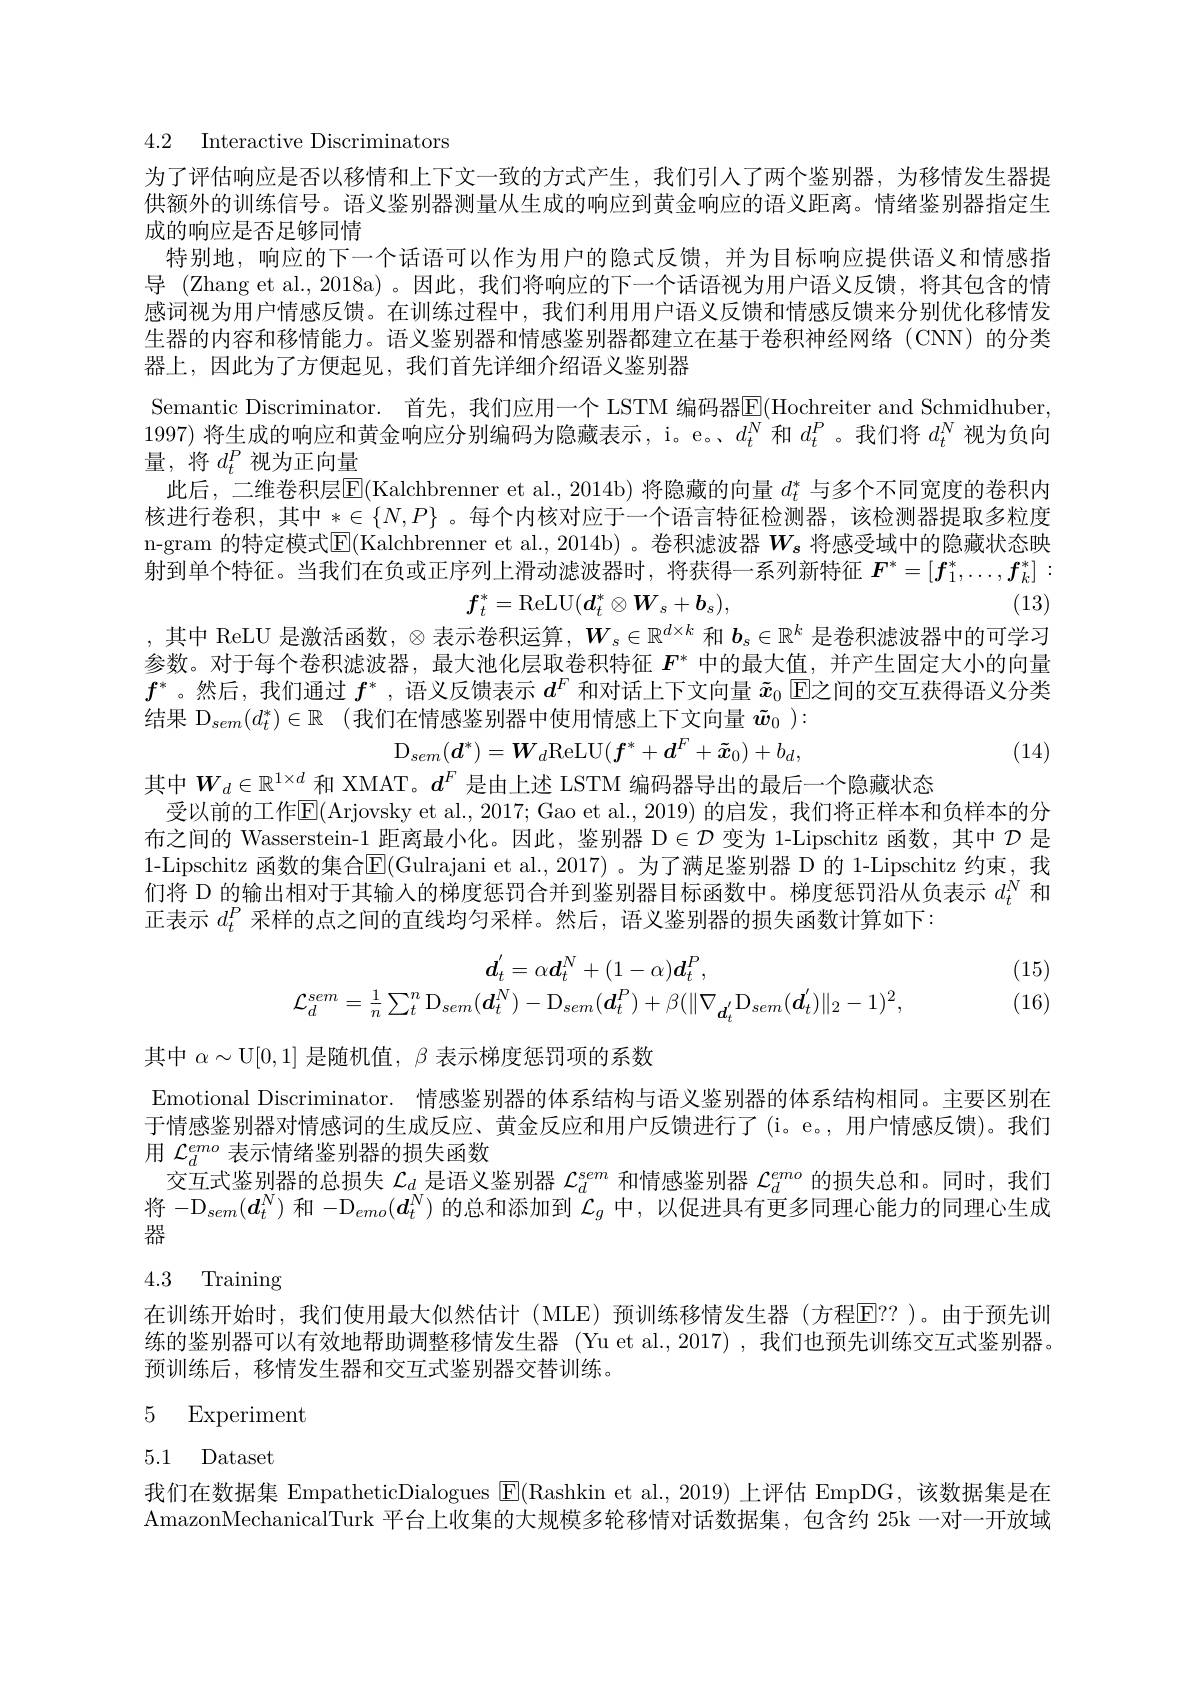
4.2 Interactive Discriminators

为了评估响应是否以移情和上下文一致的方式产生，我们引人了两个鉴别器，为移情发生器提供额外的训练信号。语义鉴别器测量从生成的响应到黄金响应的语义距离。情绪鉴别器指定生成的响应是否足够同情
特别地，响应的下一个话语可以作为用户的隐式反馈，并为目标响应提供语义和情感指导 (Zhang et al.,2018a)。因此，我们将响应的下一个话语视为用户语义反馈，将其包含的情感词视为用户情感反馈。在训练过程中，我们利用用户语义反馈和情感反馈来分别优化移情发生器的内容和移情能力。语义鉴别器和情感鉴别器都建立在基于卷积神经网络(CNN)的分类器上，因此为了方便起见，我们首先详细介绍语义鉴别器
Semantic Discriminator. 首先，我们应用一个 LSTM 编码器E(Hochreiter and Schmidhuber. 1997) 将生成的响应和黄金响应分别编码为隐藏表示，i。e。$d_t^{N}$和$d_t^P$。我们将$d_t^N$视为负向量，将$d_t^P$视为正向量
此后，二维卷积层$\operatorname{E}($Kalchbrenner et al., 2014b) 将隐藏的向量 $d_t^*$ 与多个不同宽度的卷积内核进行卷积，其中$*\in\{N,P\}$。每个内核对应于一个语言特征检测器，该检测器提取多粒度n-gram 的特定模式$\overline{\mathrm{E}}($Kalchbrenner et al.,2014b)。卷积滤波器 $W_s$ 将感受域中的隐藏状态映射到单个特征。当我们在负或正序列上滑动滤波器时，将获得一系列新特征$F^*=[f_1^*,\ldots,f_k^*]:$
(13)
$$f_t^*=\mathrm{ReLU}(d_t^*\otimes W_s+b_s),$$
,其中 ReLU 是激活函数，$\otimes$表示卷积运算，$W_s\in\mathbb{R}^d\times k$和$b_s\in\mathbb{R}^k$是卷积滤波器中的可学习参数。对于每个卷积滤波器，最大池化层取卷积特征$F^*$中的最大值，并产生固定大小的向量$f^*$。然后，我们通过$f^*$ ,语义反馈表示$d^F$和对话上下文向量$\tilde{x}_0$回之间的交互获得语义分类结果 D$_{sem}( d_t^* ) \in \mathbb{R}$ (我们在情感鉴别器中使用情感上下文向量 $\tilde{w}_0):$
$$\mathrm{D}_{sem}(\boldsymbol{d}^*)=\boldsymbol{W}_d\mathrm{ReLU}(\boldsymbol{f}^*+\boldsymbol{d}^F+\boldsymbol{\tilde{x}}_0)+b_d,$$
(14)
其中$W_d\in\mathbb{R}^{1\times d}$和 XMAT。$d^F$ 是由上述 LSTM 编码器导出的最后一个隐藏状态
受以前的工作E[(Arjovsky et al., 2017; Gao et al., 2019) 的启发，我们将正样本和负样本的分布之间的 Wasserstein-1 距离最小化。因此，鉴别器$\mathcal{D}\in\mathcal{D}$变为 1-Lipschitz 函数，其中$\mathcal{D}$是1-Lipschitz 函数的集合E(Gulrajani et al., 2017)。为了满足鉴别器 D 的 1-Lipschitz 约束，我们将 D 的输出相对于其输入的梯度惩罚合并到鉴别器目标函数中。梯度惩罚沿从负表示$d_t^N$和正表示$d_t^P$采样的点之间的直线均匀采样。然后，语义鉴别器的损失函数计算如下：

(15)
$$d_{t}^{'}=\alpha\boldsymbol{d}_{t}^{N}+(1-\alpha)\boldsymbol{d}_{t}^{P},\\\mathcal{L}_{d}^{sem}=\frac{1}{n}\sum_{t}^{n}\mathrm{D}_{sem}(\boldsymbol{d}_{t}^{N})-\mathrm{D}_{sem}(\boldsymbol{d}_{t}^{P})+\beta(\|\nabla_{\boldsymbol{d}_{t}^{'}}\mathrm{D}_{sem}(\boldsymbol{d}_{t}^{'})\|_{2}-1)^{2},$$
(16)

其中$\alpha\sim$U[0,1]是随机值，$\beta$表示梯度惩罚项的系数

Emotional Discriminator. 情感鉴别器的体系结构与语义鉴别器的体系结构相同。主要区别在于情感鉴别器对情感词的生成反应、黄金反应和用户反馈进行了(i。e。, 用户情感反馈)。我们用$\mathcal{L}_d^{emo}$表示情绪鉴别器的损失函数
$\bar{\text{交互式鉴别器的总损失 }\mathcal{L}_d}$是语义鉴别器$\mathcal{L}_d^{sem}$和情感鉴别器$\mathcal{L}_d^{emo}$的损失总和。同时，我们将$-\mathcal{D}_{sem}(\boldsymbol{d}_t^N)$和$-\mathcal{D}_emo(\boldsymbol{d}_t^N)$的总和添加到$\mathcal{L}_g$中，以促进具有更多同理心能力的同理心生成器

# 4.3 Training

在训练开始时，我们使用最大似然估计(MLE)预训练移情发生器(方程$\mathbb{E}$??)。由于预先训练的鉴别器可以有效地帮助调整移情发生器 (Yu et al.,2017) ,我们也预先训练交互式鉴别器预训练后，移情发生器和交互式鉴别器交替训练。

5 Experiment

5.1 Dataset

我们在数据集 EmpatheticDialogues $\boxed{\mathrm{E}}($Rashkin et al., 2019) 上评估 EmpDG, 该数据集是在AmazonMechanicalTurk 平台上收集的大规模多轮移情对话数据集，包含约 25k 一对一开放域